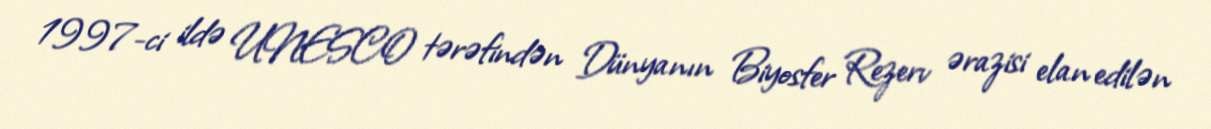
1997-ci ildə UNESCO tərəfindən Dünyanın Biyosfer Rezerv ərazisi elan edilən